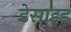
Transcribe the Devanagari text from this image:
डेसाइड